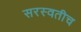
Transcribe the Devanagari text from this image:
सरस्वतीच